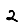
Digit: 2